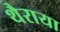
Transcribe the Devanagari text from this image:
थैराया